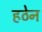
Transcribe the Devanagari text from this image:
हठेन